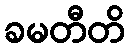
ခမတီတိ